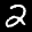
Label: 2